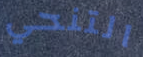
التنحي